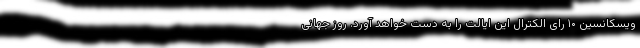
ویسکانسین ۱۰ رای الکترال این ایالت را به دست خواهد آورد. روز جهانی